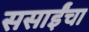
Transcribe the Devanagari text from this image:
ससाईंचा